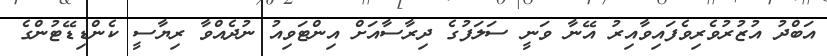
އަބްދު އުޒުރުވެރިވެފައިވާއިރު އޭނާ ވަނީ ސަލަފުގެ ދިރާސާއަށް އިންޓަވިއު ނުދެއްވާ ރިޔާސީ ކެންޑިޑޭޓުންގެ